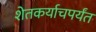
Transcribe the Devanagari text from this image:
शेतकर्याचपर्यंत